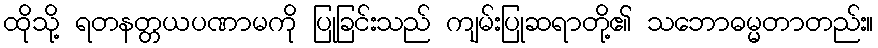
ထိုသို့ ရတနတ္တယပဏာမကို ပြုခြင်းသည် ကျမ်းပြုဆရာတို့၏ သဘောဓမ္မတာတည်း။